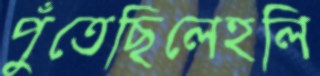
পুঁতেছিলেহলি